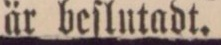
är beſlutadt.